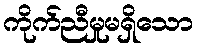
ကိုက်ညီမှုမရှိသော